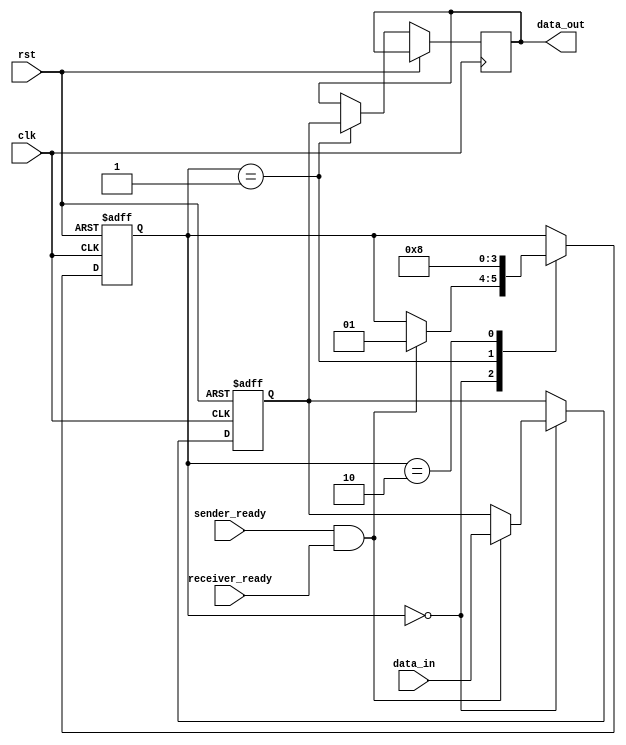
module synchronizer_with_handshaking (
    input wire clk,
    input wire rst,
    input wire sender_ready,
    input wire receiver_ready,
    input wire [DATA_WIDTH-1:0] data_in,
    output wire [DATA_WIDTH-1:0] data_out
);

parameter DATA_WIDTH = 8;
reg [DATA_WIDTH-1:0] synchronized_data;
reg [1:0] state;

always @(posedge clk or posedge rst) begin
    if (rst) begin
        state <= 2'b0;
        synchronized_data <= '0;
    end else begin
        case (state)
            2'b00: begin // Wait for sender and receiver to be ready
                if (sender_ready && receiver_ready) begin
                    synchronized_data <= data_in;
                    state <= 2'b01;
                end
            end
            2'b01: begin // Transfer synchronized data
                data_out <= synchronized_data;
                state <= 2'b10;
            end
            2'b10: begin // Idle state
                state <= 2'b00;
            end
        endcase
    end
end

endmodule